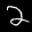
Label: 2